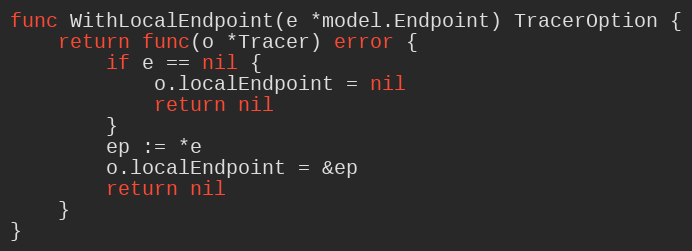
Language: Go
func WithLocalEndpoint(e *model.Endpoint) TracerOption {
	return func(o *Tracer) error {
		if e == nil {
			o.localEndpoint = nil
			return nil
		}
		ep := *e
		o.localEndpoint = &ep
		return nil
	}
}